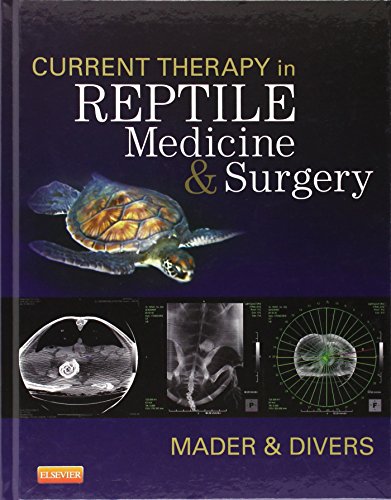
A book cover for Current Therapy in Reptile Medicine and Surgery, 1e; Crafts, Hobbies & Home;